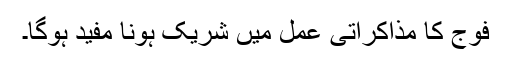
فوج کا مذاکراتی عمل میں شریک ہونا مفید ہوگا۔